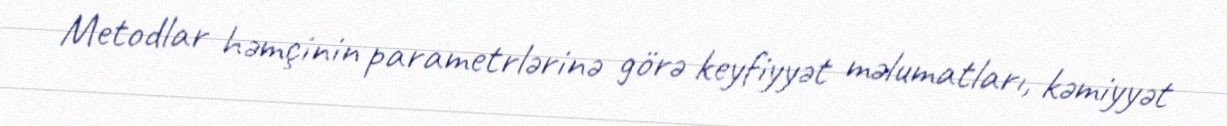
Metodlar həmçinin parametrlərinə görə keyfiyyət məlumatları, kəmiyyət